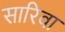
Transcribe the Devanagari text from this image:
सारिवा